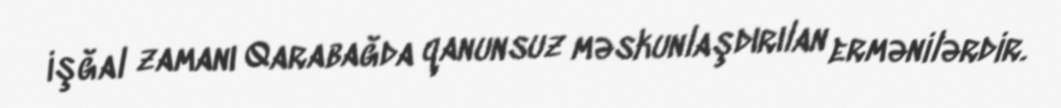
işğal zamanı Qarabağda qanunsuz məskunlaşdırılan ermənilərdir.